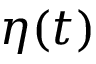
\eta ( t )